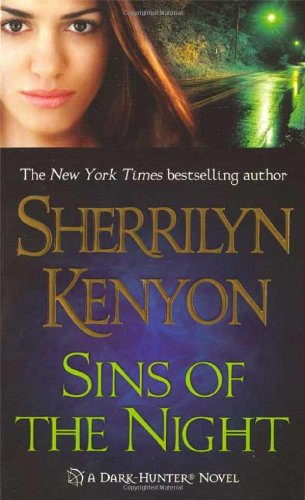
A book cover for Sins of the Night (Dark-Hunter, Book 8); Sherrilyn Kenyon; Romance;